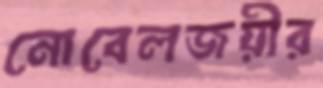
নোবেলজয়ীর